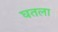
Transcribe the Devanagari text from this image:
घतला